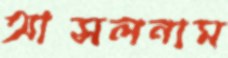
আসলনাম